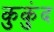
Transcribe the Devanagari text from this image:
कुकुंद